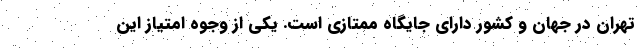
تهران در جهان و کشور دارای جایگاه ممتازی است. یکی از وجوه امتیاز این